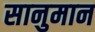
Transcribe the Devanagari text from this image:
सानुमान